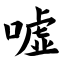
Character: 嘘